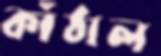
কাঁঠাল